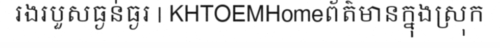
រងរបួសធ្ងន់ធ្ងរ | KHTOEMHomeព័ត៌មានក្នុងស្រុក